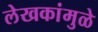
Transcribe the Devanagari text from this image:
लेखकांमुळे